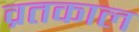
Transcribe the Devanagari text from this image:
व्रतकाल